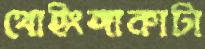
থোইংঙ্গাকাটা